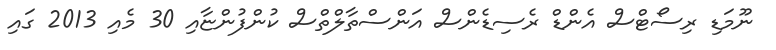
ނޫމަޑި ރިސޯޓްސް އެންޑް ރެސިޑެންސް އަންސްތާލްތްސް ކުންފުންޏާއި 30 މެއި 2013 ގައި